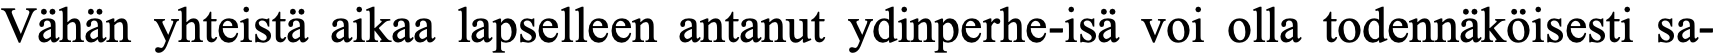
Vähän yhteistä aikaa lapselleen antanut ydinperhe-isä voi olla todennäköisesti sa-